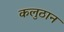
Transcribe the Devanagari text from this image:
कलुठान